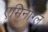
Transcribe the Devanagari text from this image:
एमिनोग्लू